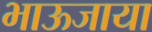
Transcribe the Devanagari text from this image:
भाऊजाया